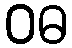
ဝဓ